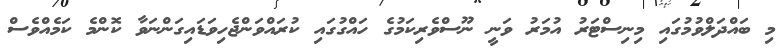
މި ބައްދަލްވުމުގައި މިނިސްޓަރު އުމަރު ވަނީ ނޫސްވެރިކަމުގެ ހައްގުގައި ކުރައްވަންޖެހިވަޑައިގަންނަވާ ކޮންމެ ކަމެއްވެސް